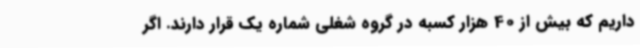
داریم که بیش از 40 هزار کسبه در گروه شغلی شماره یک قرار دارند. اگر